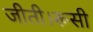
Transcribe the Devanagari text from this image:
जीती।रूसी